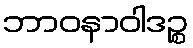
ဘာဝနာဝါဒဉ္စ